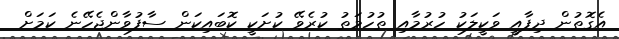
އެގޮތުން ދިފާއީ ވަކީލަކު ހުރުމާއި ތުހުމަތު ކުރެވޭ ކުށަކީ ކޮބައިކަން ސާފުވާންޖެހޭނެ ކަމަށް